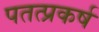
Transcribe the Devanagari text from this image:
पतत्प्रकर्ष